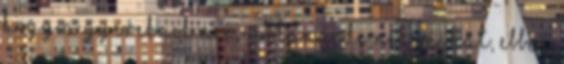
hogy a gyereknek nem ártana, de nekem. hát, ebben